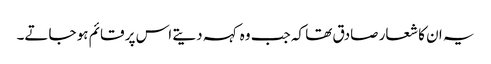
یہ ان کا شعار صادق تھا کہ جب وہ کہہ دیتے اس پر قائم ہو جاتے۔